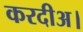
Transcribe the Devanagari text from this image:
करदीअ।